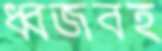
ধ্বজবহ